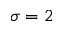
\sigma = 2